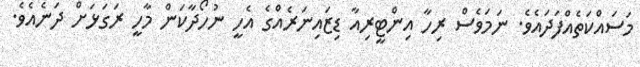
މަސައްކަތެއްފަދައެވެ. ނަމަވެސް ރިހާ އިންޓީރިއާ ޑިޒައިނަރެއްގެ އެހީ ނުހޯދާކަން މާހީ ރަގަޅަށް ދަނެއެވެ.